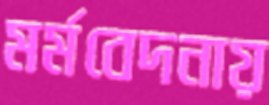
মর্মবেদনায়